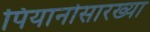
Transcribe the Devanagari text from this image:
पियानोसारख्या